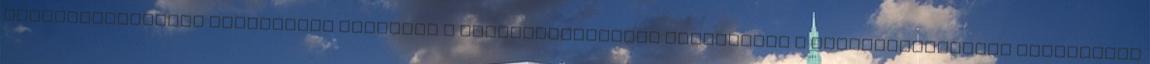
természetvédelmi szempontok kezelése a Vidékfejlesztési Programban A természetvédelmi szempontok